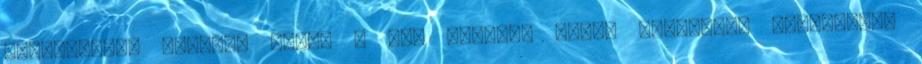
őszinteség, naivság jele. A jól formált ajkak általában harmonikus